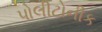
પોલીટોનીક